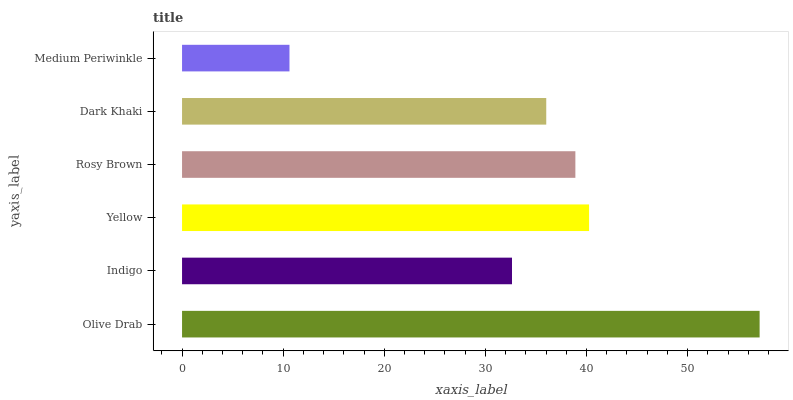
| yaxis_label | bars |
 | --- | --- |
 | Olive Drab | 57.1 |
 | Indigo | 32.6 |
 | Yellow | 40.3 |
 | Rosy Brown | 38.9 |
 | Dark Khaki | 36 |
 | Medium Periwinkle | 10.6 |